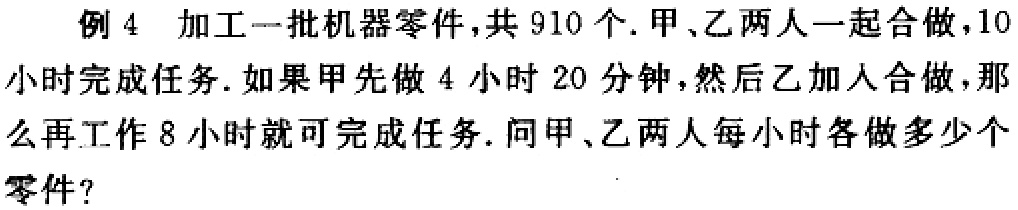
例 4 加工一批机器零件，共 910 个. 甲、乙两人一起合做，10小时完成任务. 如果甲先做 4 小时 20 分钟，然后乙加入合做，那么再工作 8 小时就可完成任务. 问甲、乙两人每小时各做多少个零件？